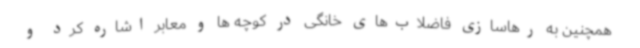
همچنین به رهاسازی فاضلاب‌های خانگی در کوچه ها و معابر اشاره کرد و